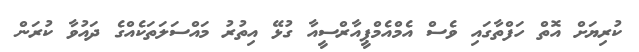
ކުރިޔަށް އޮތް ހަފްތާގައި ވެސް އެމްއެމްޕީއާރްސީއާ ގުޅޭ އިތުރު މައްސަލަތަކެއްގެ ދައުވާ ކުރަން